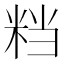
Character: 𥹥